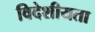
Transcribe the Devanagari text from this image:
विदेशीयता